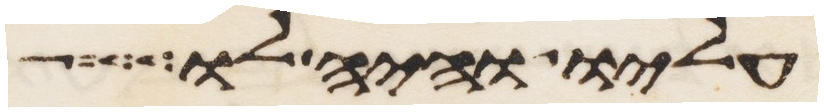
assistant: עליו והיה לו